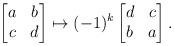
LaTeX: \begin{align*}\begin{bmatrix}a & b \\ c & d\end{bmatrix}\mapsto(-1)^k \begin{bmatrix}d & c \\ b & a\end{bmatrix}.\end{align*}